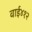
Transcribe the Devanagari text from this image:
वाई४१२